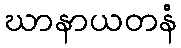
ဃာနာယတနံ